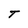
Character: T